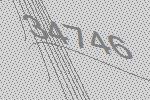
34746